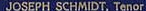
JOSEPH SCHMIDT. Tenor